Indian journal of veterinary science and animal husbandry - Volumes 15-17, 1948-1951
Year: 1948
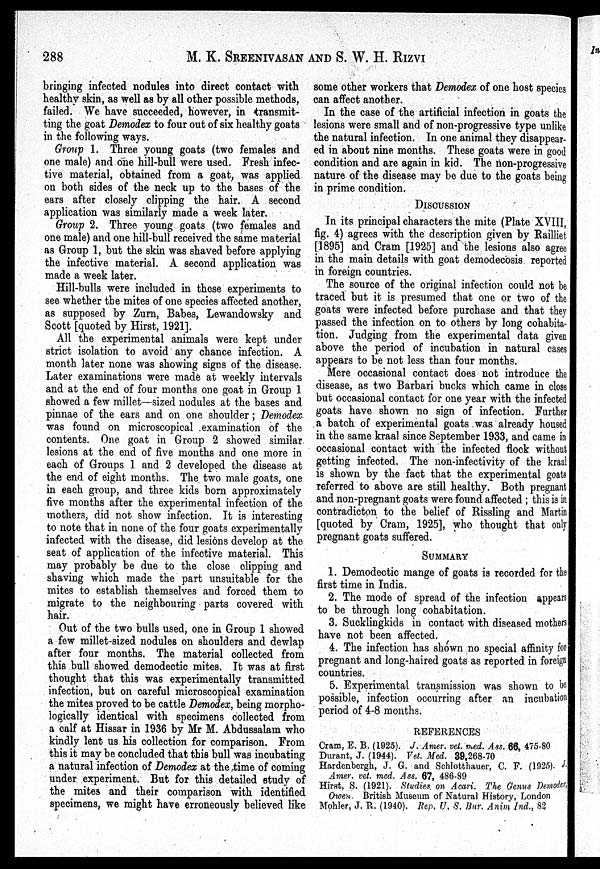
288
M. K. SREENIVASAN AND S. W. H. RIZVI
bringing infected nodules into direct contact with
healthy skin, as well as by all other possible methods,
failed. We have succeeded, however, in transmit-
ting the goat Demodex to four out of six healthy goats
in the following ways.
Group 1. Three young goats (two females and
one male) and one hill-bull were used. Fresh infec-
tive material, obtained from a goat, was applied
on both sides of the neck up to the bases of the
ears after closely clipping the hair. A second
application was similarly made a week later.
Group 2. Three young goats (two females and
one male) and one hill-bull received the same material
as Group 1, but the skin was shaved before applying
the infective material. A second application was
made a week later.
Hill-bulls were included in these experiments to
see whether the mites of one species affected another,
as supposed by Zurn, Babes, Lewandowsky and
Scott [quoted by Hirst, 1921].
All the experimental animals were kept under
strict isolation to avoid any chance infection. A
month later none was showing signs of the disease.
Later examinations were made at weekly intervals
and at the end of four months one goat in Group 1
showed a few millet—sized nodules at the bases and
pinnae of the ears and on one shoulder ; Demodex
was found on microscopical examination of the
contents. One. goat in Group 2 showed similar
lesions at the end of five months and one more in
each of Groups 1 and 2 developed the disease at
the end of eight months. The two male goats, one
in each group, and three kids born approximately
five months after the experimental infection of the
mothers, did not show infection. It is interesting
to note that in none of the four goats experimentally
infected with the disease, did lesions develop at the
seat of application of the infective material. This
may probably be due to the close clipping and
shaving which made the part unsuitable for the
mites to establish themselves and forced them to
migrate to the neighbouring parts covered with
hair.
Out of the two bulls used, one in Group 1 showed
a few millet-sized nodules on shoulders and dewlap
after four months. The material collected from
this bull showed demodectic mites. It was at first
thought that this was experimentally transmitted
infection, but on careful microscopical examination
the mites proved to be cattle Demodex, being morpho-
logically identical with specimens collected from
a calf at Hissar in 1936 by Mr M. Abdussalam who
kindly lent us his collection for comparison. From
this it may be concluded that this bull was incubating
a natural infection of Demodex at the time of coming
under experiment. But for this detailed study of
the mites and their comparison with identified
specimens, we might have erroneously believed like
some other workers that Demodex of one host species
can affect another.
In the case of the artificial infection in goats the
lesions were small and of non-progressive type unlike
the natural infection. In one animal they disappear-
ed in about nine months. These goats were in good
condition and are again in kid. The non-progressive
nature of the disease may be due to the goats being
in prime condition.
DISCUSSION
In its principal characters the mite (Plate XVIII,
fig. 4) agrees with the description given by Railliet
[1895] and Cram [1925] and the lesions also agree
in the main details with goat demodecosis reported
in foreign countries.
The source of the original infection could not be
traced but it is presumed that one or two of the
goats were infected before purchase and that they
passed the infection on to others by long cohabita-
tion. Judging from the experimental data given
above the period of incubation in natural cases
appears to be not less than four months.
Mere occasional contact does not introduce the
disease, as two Barbari bucks which came in close
but occasional contact for one year with the infected
goats have shown no sign of infection. Further
a batch of experimental goats was already housed
in the same kraal since September 1933, and came in
occasional contact with the infected flock without
getting infected. The non-infectivity of the kraal
is shown by the fact that the experimental goats
referred to above are still healthy. Both pregnant
and non-pregnant goats were found affected ; this is in
contradicton to the belief of Rissling and Martin
[quoted by Cram, 1925], who thought that only
pregnant goats suffered.
SUMMARY
1. Demodectic mange of goats is recorded for the
first time in India.
2. The mode of spread of the infection appears
to be through long cohabitation.
3. Sucklingkids in contact with diseased mothers
have not been affected.
4. The infection has shown no special affinity for
pregnant and long-haired goats as reported in foreign
countries.
5. Experimental transmission was shown to be
possible, infection occurring after an incubation
period of 4-8 months.
REFERENCES
Cram, E. B. (1925). J. Amer. vet. med. Ass. 66, 475-80
Durant, J. (1944). Vet. Med. 39,268-70
Hardenbergh, J. G. and Schlotthauer, C. F. (1925). J.
Amer. vet. med. Ass. 67, 486-89
Hirst, S. (1921). Studies, on Acari. The Genus Demoder,
Owen. British Museum of Natural History, London
Mohler, J. R. (1940). Rep. U. S. Bur. Anim Ind., 82